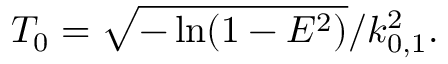
T _ { 0 } = \sqrt { - \ln ( 1 - E ^ { 2 } ) } / k _ { 0 , 1 } ^ { 2 } .